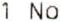
1 NO